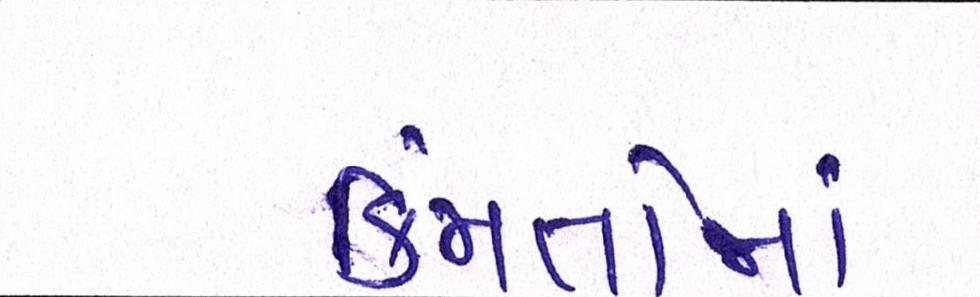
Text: કિંમતોમાં